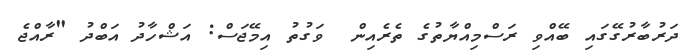
ދަރުބާރުގޭގައި ބޭއްވި ރަސްމިއްޔާތުގެ ތެރެއިން  ވަގުތު އިމޭޖަސް: އަޝްހާދު އަބްދު "ރާއްޖެ